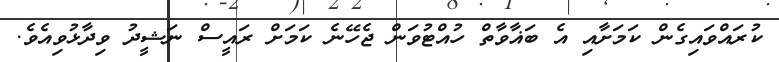
ކުރައްވައިގެން ކަމަށާއި އެ ބަޣާވާތް ހުއްޓުވަން ޖެހޭނެ ކަމަށް ރައީސް ނަޝީދު ވިދާޅުވިއެވެ.